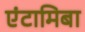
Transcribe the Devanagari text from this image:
एंटामिबा